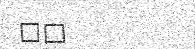
٦٥